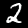
Digit: 2